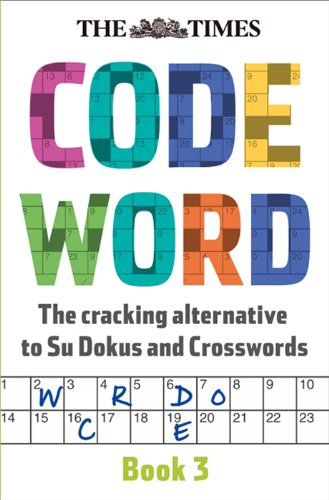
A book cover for Times Codeword 3; The Times Mind Games; Humor & Entertainment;